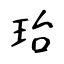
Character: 珆